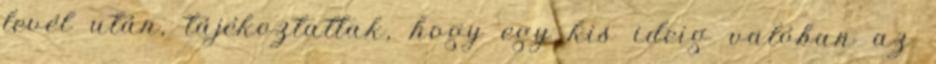
levél után, tájékoztattak, hogy egy kis ideig valóban az